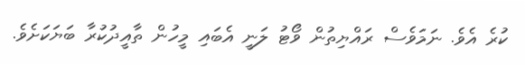
ކުރެ އެވެ. ނަމަވެސް ރައްޔިތުން ވޯޓު ލަނީ އެބައި މީހުން ތާއީދުކުރާ ބަޔަކަށެވެ.